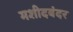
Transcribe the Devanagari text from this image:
मशीदबंदर